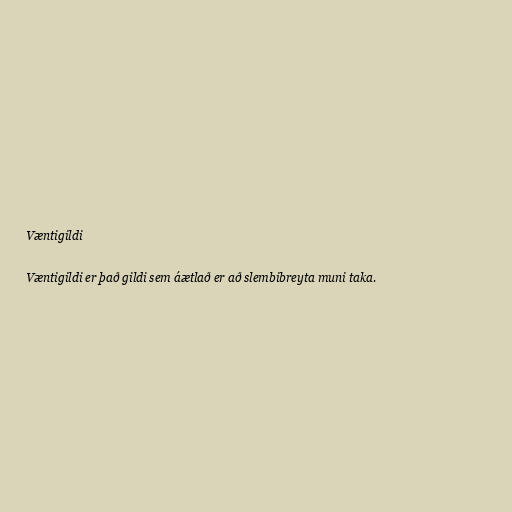
Væntigildi

Væntigildi er það gildi sem áætlað er að slembibreyta muni taka.